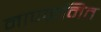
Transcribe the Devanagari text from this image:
मापक्रमित